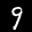
Label: 9